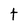
Character: t